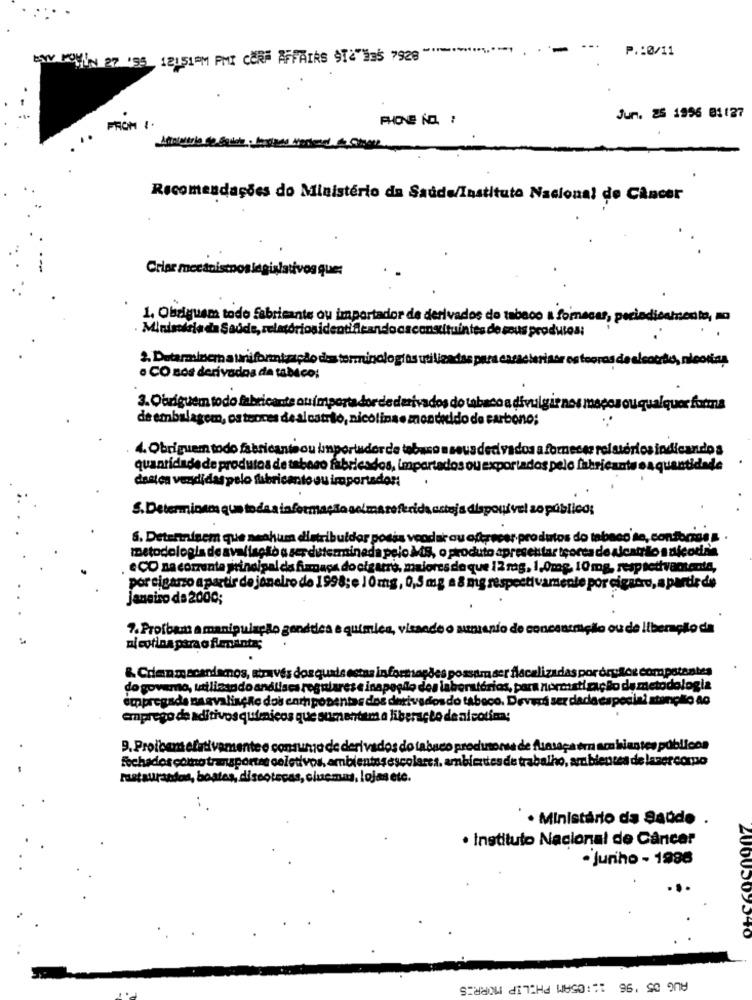
.--
P .: 0/11
KYY KOMIN 27 '95 12151PM PMI CORP AFFAIRS SI&"Es5 7928 " =·· % ,**
Jun. 25 1996 01127
PROM 1.
Recomendações do Ministério da Saúde/Instituto Nacional de Câncer
Criar mecanistno
1. Obriguem todo fabricante ou importador de derivados de tabaco a formacas, periodicamente, no
Ministério da Saúde, relatóriosidentificandocsconstituintes de sous produtos:
2. Determinem striformização des terminologias utilizadas para caracterizar es terras de alcocão, nicotina
a CO sos derivados de tabaco:
3. Obriguem todo fabricante ou importa dor de derivados do tabaco a divulgir nos macos ou qualquer forma
de embalagem, os teores de alcatrio, nicolina e mondeido de carbono;
4. Obriguem todo fabricante ou importador de tobaco a sous dedi vados a fornecer relatórios indicando s
quantidade de produtos de tabaco fabricados, importados ou exportados pelo fabricante e a quantidade
destes vendidas pelo fabricante ou importador:
S. Determinam que to da a informação oel
trida astoja disponivel ao público:
5. Detennisem que nenhum distribuidor possa veoder ou oferecer produtos do tabaco se, conforzos &
metodologia de avaliação a ser determinada pelo MS, o produto apresentar teores de alcatrão s dicodie
"CO na corrente principal da fumaça do cigarro, maiores de que 12 rag, 1,0mg, 10 mg, respetivamente,
por cigarzo apartir de janeiro de 1998; e 1 0mg, 0,5 mg a 8 mg respectivamente por cigarro, a partir de
Janeiro de 2000;
7. Proíbem a manipulação gondtica e quimica, visando o sumienio de concentmello ou de liberação da
Dietina para o feinte;
& Crianmacandamos, através dos quais estas informações possam ser flacalizadas por órulos competentes
do governo, utilizando análises regulares e inapollo des laboratórios, para norcosti zação de metodologia
empregada na avaliseRe dos compot
entas des derivados do tabaco. Deverá ser dada especial atenção ao
emprego de aditivos quimicos que s
mentem a liberação de alcotím:
9. Proibem efetivamente e consumo de derivados do tabaco produtora de fluataça em ambientes públicos
fechados comno transportes coletivos, ambientesescolares. ambientes de trabalho, ambientes de lazer compo
Fastaurandos, boates, discotecas, cluemma, lojas etc.
· Ministério da Saúde .
· Instituto Nacional de Câncer
. Juriho - 1996
2000509540
AUG 05 '96 ::: 05AM PHILIP MORRIS